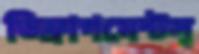
ডিফ্রাগমেন্টস্